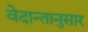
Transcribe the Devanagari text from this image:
वेदान्तानुसार